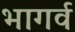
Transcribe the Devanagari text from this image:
भागर्व